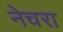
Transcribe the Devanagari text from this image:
नेचरा